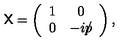
{ \sf X } = \left( \begin{array} { c c } { 1 } & { 0 } \\ { 0 } & { - i p \llap / } \\ \end{array} \right) ,